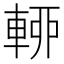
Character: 𨌡